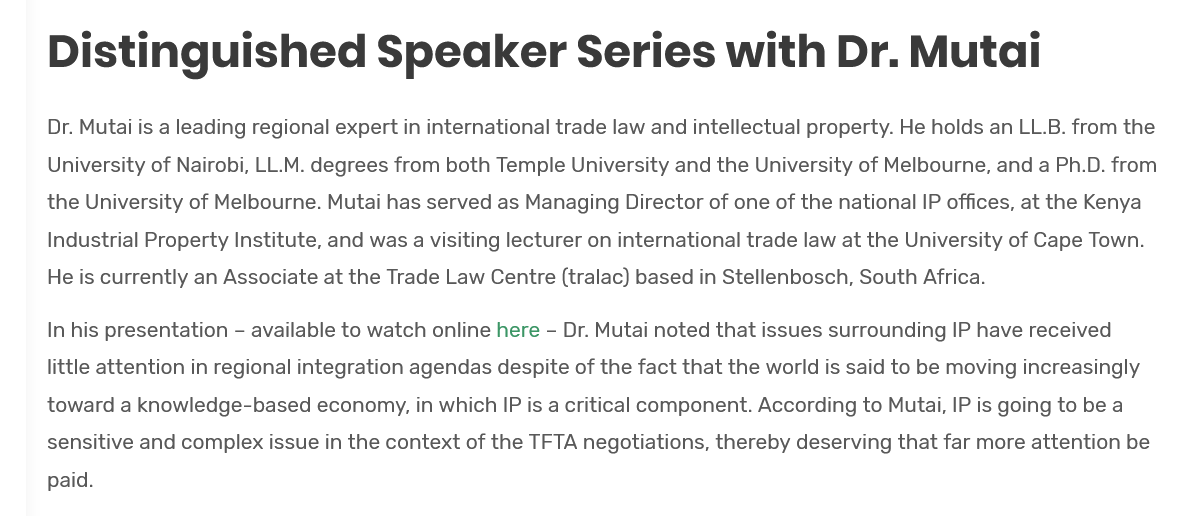
Distinguished    Speaker    Series    with    Dr.    Mutai
     In his presentation -
     available to watch online here
     -
     Dr. Mutai noted that issues surrounding IP have received
     little attention in regional integration agendas despite of the fact that the world is said to be moving increasingly
     toward a knowledge-based economy, in which IP is a critical component. According to Mutai, IP is going to be a
     sensitive and complex issue in the context of the TFTA negotiations, thereby deserving that far more attention be
     paid.
     Dr. Mutai is a leading regional expert in international trade law and intellectual property. He holds an LL.B. from the
     University of Nairobi, LL.M. degrees from both Temple University and the University of Melbourne, and a Ph.D. from
     the University of Melbourne. Mutai has served as Managing Director of one of the national IP offices, at the Kenya
     Industrial Property Institute, and was a visiting lecturer on international trade law at the University of Cape Town.
     He is currently an Associate at the Trade Law Centre (tralac) based in Stellenbosch, South Africa.